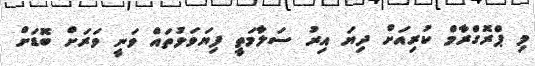
މި ޕްރޮގްރާމް ކުރިއަށް ދިޔަ އިރު ސަލާމަތީ ފިޔަވަޅުތައް ވަނީ ވަރަށް ބޮޑަށް